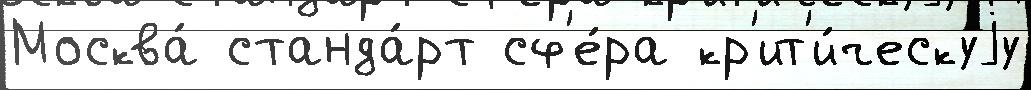
Москва́ станда́рт сф'е́ра кр'ит'и́ческуjу